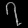
Digit: ၇